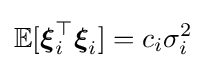
\mathbb {E} [{\boldsymbol {\xi }}_{i}^{\top }{\boldsymbol {\xi }}_{i}]=c_{i}\sigma _{i}^{2}